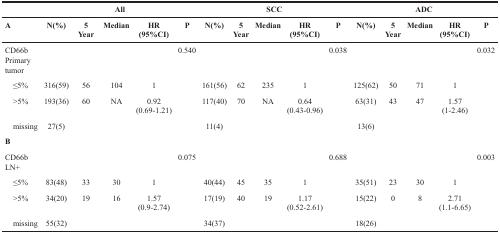
|  | <COLSPAN=5> All | <COLSPAN=5> SCC | <COLSPAN=5> ADC |
 | A | N(%) | 5 Year | Median | HR (95%CI) | P | N(%) | 5 Year | Median | HR (95%CI) | P | N(%) | 5 Year | Median | HR (95%CI) | P |
 | --- | --- | --- | --- | --- | --- | --- | --- | --- | --- | --- | --- | --- | --- | --- | --- |
 | CD66b Primary tumor |  |  |  |  | 0.540 |  |  |  |  | 0.038 |  |  |  |  | 0.032 |
 | ≤5% | 316(59) | 56 | 104 | 1 |  | 161(56) | 62 | 235 | 1 |  | 125(62) | 50 | 71 | 1 |  |
 | >5% | 193(36) | 60 | NA | 0.92 (0.69-1.21) |  | 117(40) | 70 | NA | 0.64 (0.43-0.96) |  | 63(31) | 43 | 47 | 1.57 (1-2.46) |  |
 | missing | 27(5) |  |  |  |  | 11(4) |  |  |  |  | 13(6) |  |  |  |  |
 | B |  |  |  |  |  |  |  |  |  |  |  |  |  |  |  |
 | CD66b LN+ |  |  |  |  | 0.075 |  |  |  |  | 0.688 |  |  |  |  | 0.003 |
 | ≤5% | 83(48) | 33 | 30 | 1 |  | 40(44) | 45 | 35 | 1 |  | 35(51) | 23 | 30 | 1 |  |
 | >5% | 34(20) | 19 | 16 | 1.57 (0.9-2.74) |  | 17(19) | 40 | 19 | 1.17 (0.52-2.61) |  | 15(22) | 0 | 8 | 2.71 (1.1-6.65) |  |
 | missing | 55(32) |  |  |  |  | 34(37) |  |  |  |  | 18(26) |  |  |  |  |